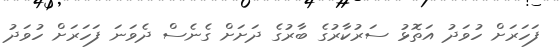
ފަހަރަށް ހުވަދު އަތޮޅު ސަރުކާރުގެ ބާރުގެ ދަށަށް ގެނެސް ދެވަނަ ފަހަރަށް ހުވަދު